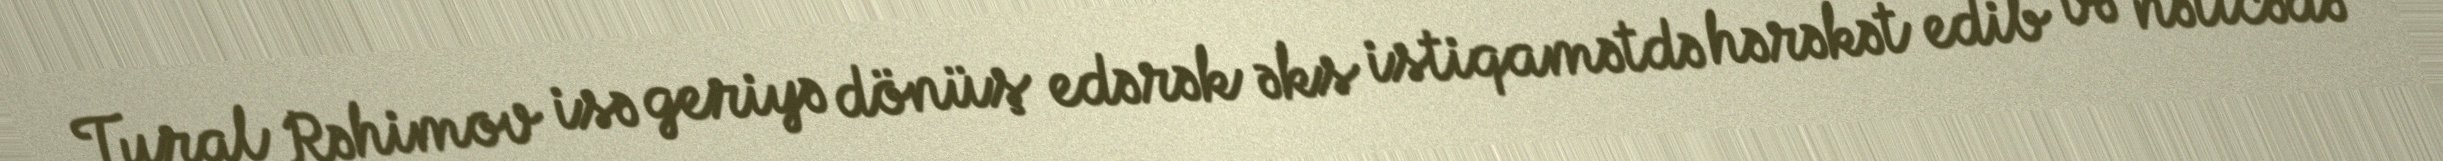
Tural Rəhimov isə geriyə dönüş edərək əks istiqamətdə hərəkət edib və nəticədə